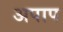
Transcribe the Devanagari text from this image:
अपाप